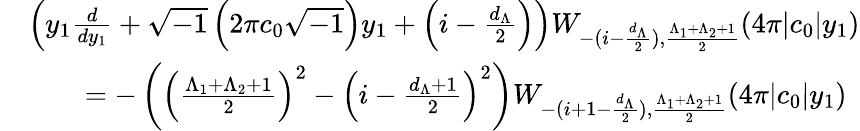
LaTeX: \begin{array}{rl}&{\left(y_{1}\frac{d}{dy_{1}}+\sqrt{-1}\left(2\pi c_{0}\sqrt{-1}\right)y_{1}+\left(i-\frac{d_{\Lambda}}{2}\right)\right)W_{-(i-\frac{d_{\Lambda}}{2}),\frac{\Lambda_{1}+\Lambda_{2}+1}{2}}(4\pi|c_{0}|y_{1})}\\ &{\qquad=-\left(\left(\frac{\Lambda_{1}+\Lambda_{2}+1}{2}\right)^{2}-\left(i-\frac{d_{\Lambda}+1}{2}\right)^{2}\right)W_{-(i+1-\frac{d_{\Lambda}}{2}),\frac{\Lambda_{1}+\Lambda_{2}+1}{2}}(4\pi|c_{0}|y_{1})}\end{array}